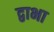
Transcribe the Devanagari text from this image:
द्वाभा